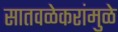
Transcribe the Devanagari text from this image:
सातवळेकरांमुळे